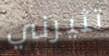
تثيرني